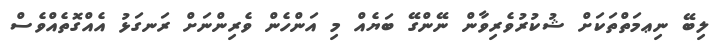
ލިބޭ ނިޢމަތްތަކަށް ޝުކުރުވެރިވާން ނޭންގޭ ބަޔެއް މި އަންހެން ވެރިންނަށް ރަނގަޅު އެއްގޮތެއްވެސް